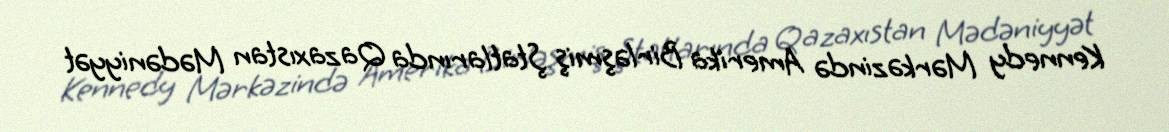
Kennedy Mərkəzində Amerika Birləşmiş Ştatlarında Qazaxıstan Mədəniyyət